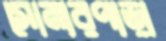
সোনারপাড়া